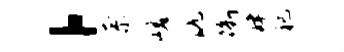
，奈嵯沆衢肆祀